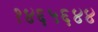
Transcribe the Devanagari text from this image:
१४६५६४४